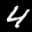
Label: 4